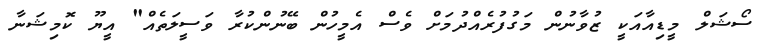
ސޯޝަލް މީޑިއާއަކީ ޒުވާނުން މަގުފުރެއްދުމަށް ވެސް އެމީހުން ބޭނުންކުރާ ވަސީލަތެއް" އީޔޫ ކޮމިޝަނާ